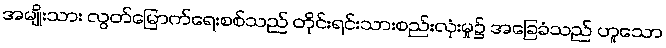
အမျိုးသား လွတ်မြောက်ရေးစစ်သည် တိုင်းရင်းသားစည်းလုံးမှု၌ အခြေခံသည် ဟူသော